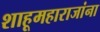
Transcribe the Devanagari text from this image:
शाहूमहाराजांना